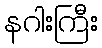
နဂါးကြီး